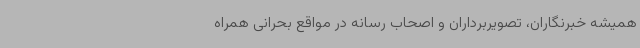
همیشه خبرنگاران، تصویربرداران و اصحاب رسانه در مواقع بحرانی همراه